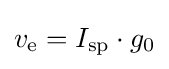
v_{\text{e}}=I_{\text{sp}}\cdot g_{0}